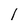
Character: 1